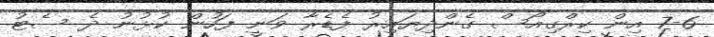
7-6 އިން ކިރްގިއޯސް ގެންދިޔައިރު ފެޑެރާ ވަނީ ފަހުން ކުޅުނު ދެ ސެޓު